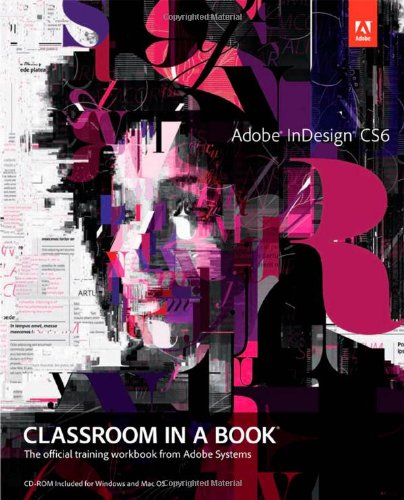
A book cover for Adobe InDesign CS6 Classroom in a Book; Adobe Creative Team; Computers & Technology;